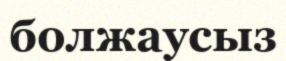
болжаусыз